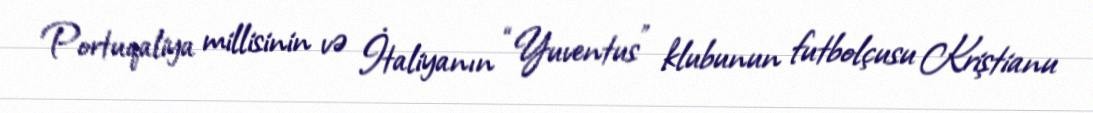
Portuqaliya millisinin və İtaliyanın “Yuventus” klubunun futbolçusu Kriştianu